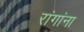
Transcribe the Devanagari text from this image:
रांगांना